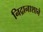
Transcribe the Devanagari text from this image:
निद्रानाशाने